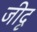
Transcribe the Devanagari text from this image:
जीदृ